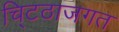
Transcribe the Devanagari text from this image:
चि्टठाजगत